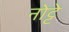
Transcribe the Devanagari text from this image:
नोट्टे